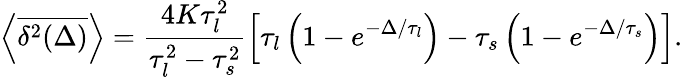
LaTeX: \left<\overline{{\delta^{2}(\Delta)}}\right>=\frac{4K\tau_{l}^{2}}{\tau_{l}^{2}-\tau_{s}^{2}}\left[\tau_{l}\left(1-e^{-\Delta/\tau_{l}}\right)-\tau_{s}\left(1-e^{-\Delta/\tau_{s}}\right)\right].